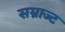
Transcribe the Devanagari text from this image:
सम्राज्ट